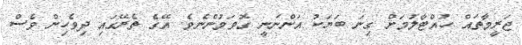
ޖަރީމާތައް ހުއްޓާލުމަށް ގިނަ ބަޔަކު އަންނަނީ ގޮވަމުންނެވެ. އޭގެ ތެރޭގައި ދިވެހިން ވެސް